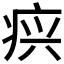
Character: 𰣫